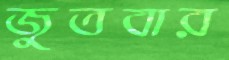
জুতবার